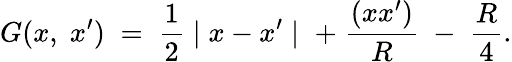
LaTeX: G(x,\; x^{\prime})\; =\; \frac{1}{2}\mid x-x^{\prime}\mid\; +\; {\frac{(xx^{\prime})}{R}}\; -\; {\frac{R}{4}}.